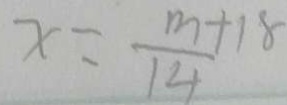
x = \frac { m + 1 8 } { 1 4 }